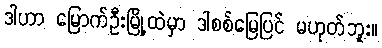
ဒါဟာ မြောက်ဦးမြို့ထဲမှာ ဒါစစ်မြေပြင် မဟုတ်ဘူး။